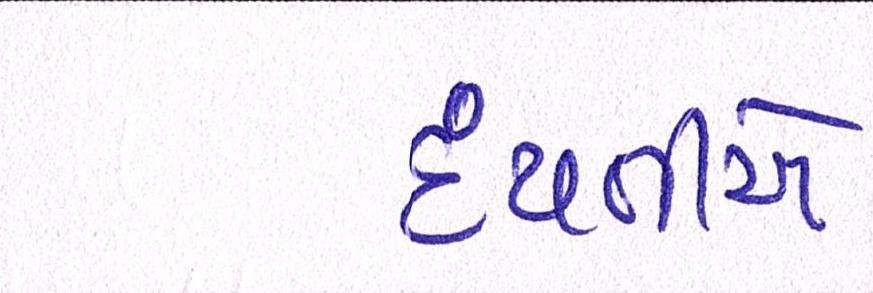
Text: દંપતીએ